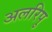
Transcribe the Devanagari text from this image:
अलरिपु